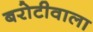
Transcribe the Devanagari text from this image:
बरोटीवाला